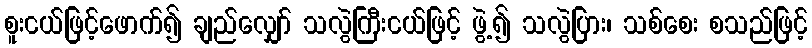
စူးငယ်ဖြင့်ဖောက်၍ ချည်လျှော် သလွဲကြီးငယ်ဖြင့် ဖွဲ့၍ သလွဲပြား၊ သစ်စေး စသည်ဖြင့်